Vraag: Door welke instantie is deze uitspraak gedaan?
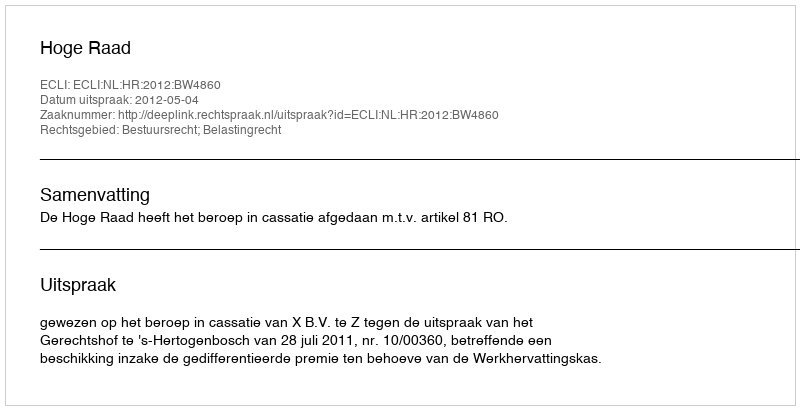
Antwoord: Hoge Raad